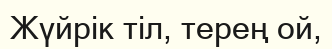
Жүйрiк тiл, терең ой,